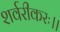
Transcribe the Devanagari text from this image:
शर्वरीकरः।।